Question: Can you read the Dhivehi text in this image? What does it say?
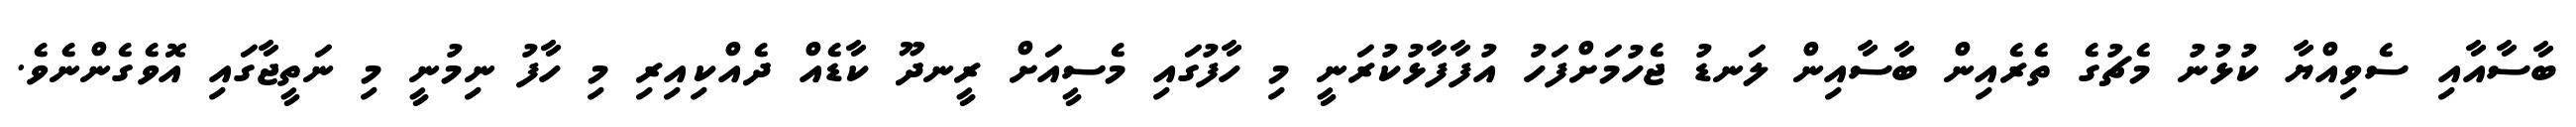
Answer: ބާސާއާއި ސެވިއްޔާ ކުޅުނު މެޗުގެ ތެރެއިން ބާސާއިން ލަނޑު ޖެހުމަށްފަހު އުފާފާޅުކުރަނީ މި ހާފުގައި މެސީއަށް ރީނދޫ ކާޑެއް ދެއްކިއިރި މި ހާފު ނިމުނީ މި ނަތީޖާގައި އޮވެގެންނެވެ.